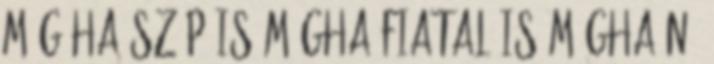
még ha szép is mégha fiatal is mégha nő